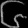
Digit: ၆